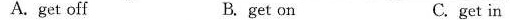
A. get off B. get on C. get in